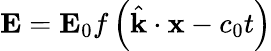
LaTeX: \mathbf{E}=\mathbf{E}_{0}f\left({\hat{\mathbf{k}}}\cdot\mathbf{x}-c_{0}t\right)